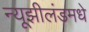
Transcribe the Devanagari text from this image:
न्यूझीलंडमधे